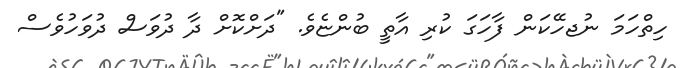
ހިތްހަމަ ނުޖހޭކަން ފާހަގަ ކުރި އާތީ ބުންޏެވެ. "ދަށްކޮށް ދާ ދުވަސް ދުވަހުވެސް